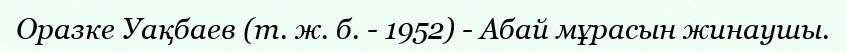
Оразке Уақбаев (т. ж. б. - 1952) - Абай мұрасын жинаушы.